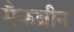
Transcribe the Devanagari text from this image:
मैकब्रीन